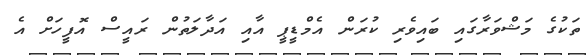
ތަކުގެ މަޝްވަރާގައި ބައިވެރި ކުރަން އެމްޑީޕީ އާއި އަދާލަތުން ރަައީސް އޮފީހަށް އެ